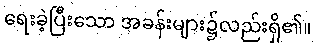
ရေးခဲ့ပြီးသော အခန်းများ၌လည်းရှိ၏။